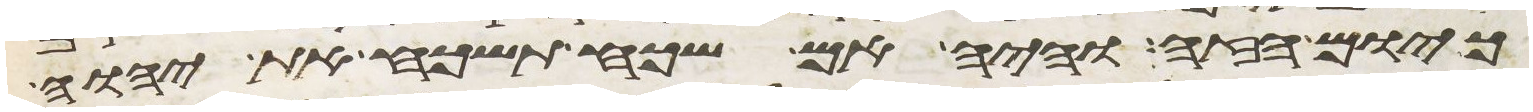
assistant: כיום הזה והיה אם שכח תשכח את יהוה